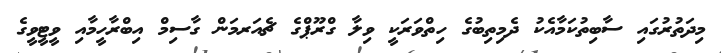
މިދަތުރުގައި ސާބިތުކަމާއެކު ދެމިތިބުގެ ހިތްވަރަކީ ވިލާ ގްރޫޕްގެ ޗެއަރމަން ގާސިމް އިބްރާހީމާއި ވީޓީވީގެ